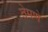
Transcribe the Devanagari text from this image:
तेमणे